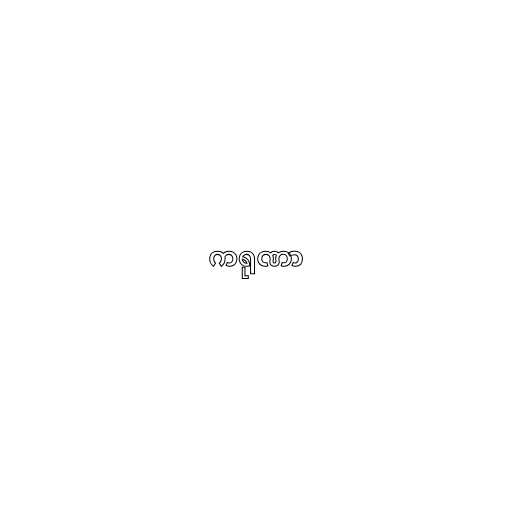
ကရုဏာ